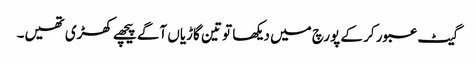
گیٹ عبور کر کے پورچ میں دیکھا تو تین گاڑیاں آگے پیچھے کھڑی تھیں۔